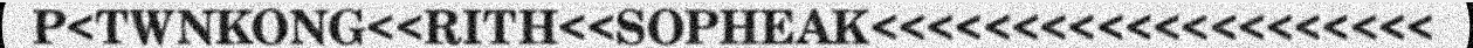
P<TWNKONG<<RITH<<SOPHEAK<<<<<<<<<<<<<<<<<<<<